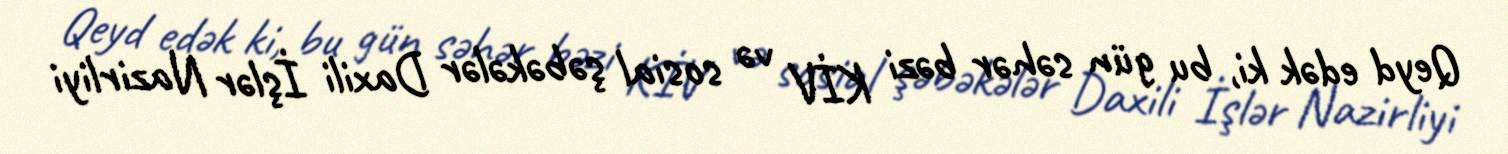
Qeyd edək ki, bu gün səhər bəzi KİV və sosial şəbəkələr Daxili İşlər Nazirliyi